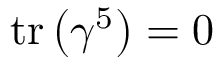
\operatorname { t r } \left( \gamma ^ { 5 } \right) = 0